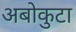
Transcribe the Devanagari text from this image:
अबोकुटा